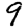
Digit: 9